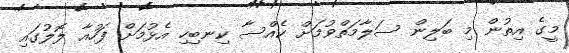
މީގެ އިތުން މި ބަލިން ސަލާމަތްވުމަށް ކެއްސާ ކިނބިހި އެޅުމަށް ފަހުއާ ލޮލުގައި